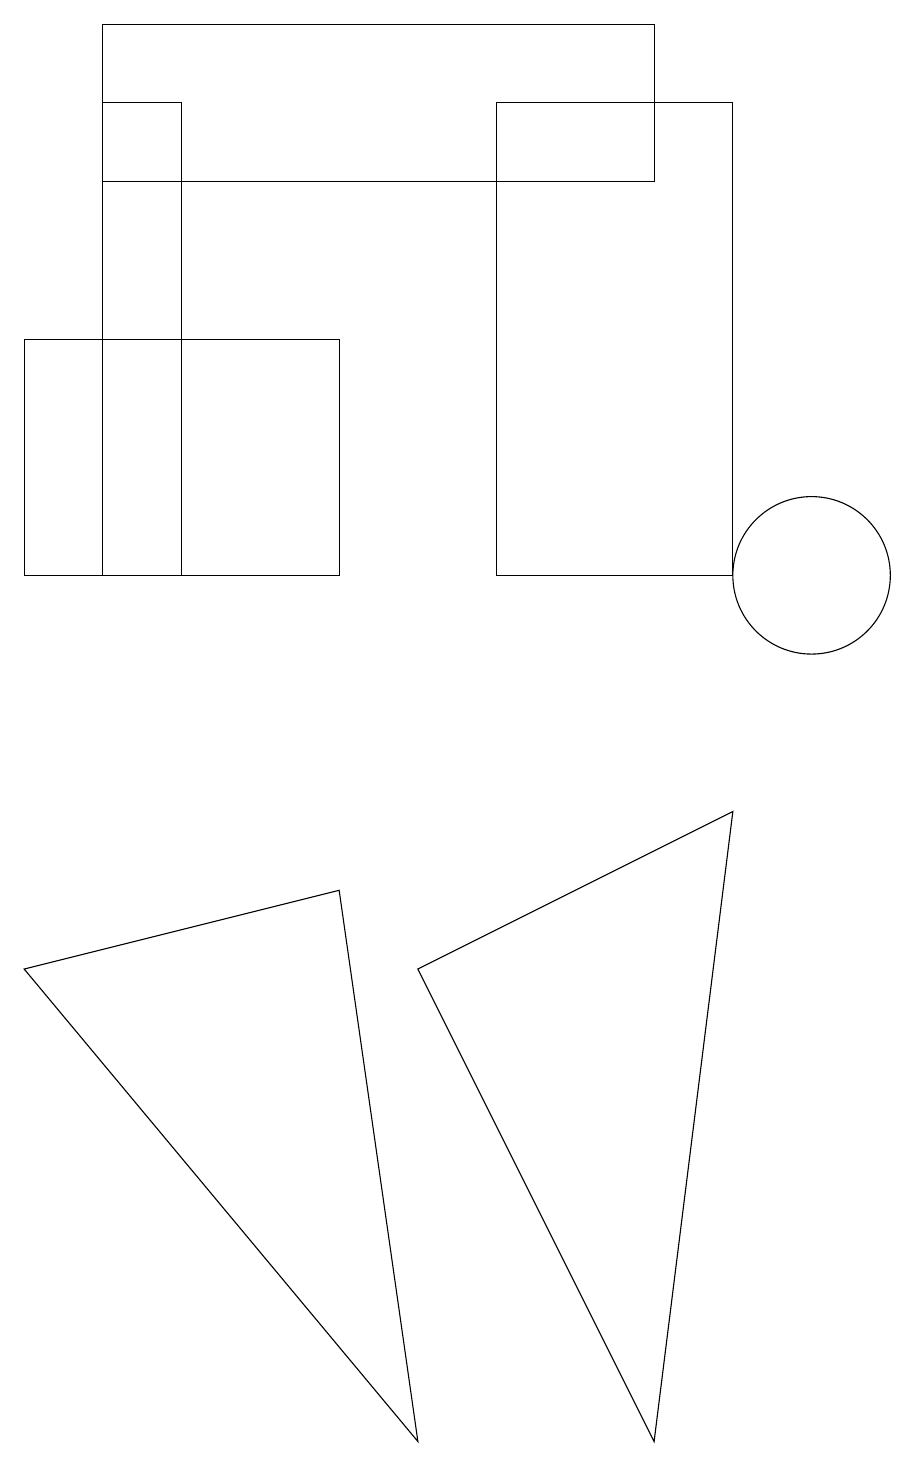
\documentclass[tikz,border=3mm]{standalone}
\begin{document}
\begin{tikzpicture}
\draw (2,17) rectangle (1,11);
\draw (5,6) -- (9,8) -- (8,0) -- cycle;
\draw (1,16) rectangle (8,18);
\draw (10,11) circle (1);
\draw (4,11) rectangle (0,14);
\draw (6,11) rectangle (9,17);
\draw (0,6) -- (5,0) -- (4,7) -- cycle;
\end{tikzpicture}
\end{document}